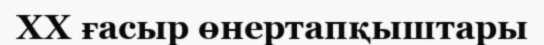
XX ғасыр өнертапқыштары